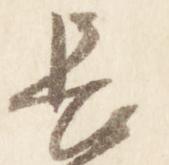
長